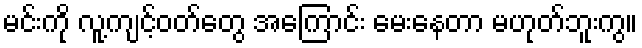
မင်းကို လူ့ကျင့်ဝတ်တွေ အကြောင်း မေးနေတာ မဟုတ်ဘူးကွ။